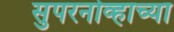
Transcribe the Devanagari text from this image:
सुपरनोव्हाच्या